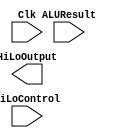
module HiLoReg(Clk, ALUResult, HiLoControl, HiLoOutput);

input Clk;
input [63:0] ALUResult;
input [4:0] HiLoControl;
output reg [31:0] HiLoOutput;

reg [31:0] HiReg;
reg [31:0] LoReg;

//Note: Will need to modify the multiply options to use HiLo
//And might have to create a 64 bit reg placeholder value in the ALU for HiLo usage

always @(posedge Clk)
    begin
    case(HiLoControl)
    5'b000000:
    begin
        //Do nothing
    end
    
    default:
    begin
    end
    endcase
        
    end


endmodule